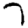
Digit: 7